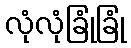
လုံလုံခြုံခြုံ